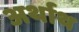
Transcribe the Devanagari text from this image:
अर्थाथ